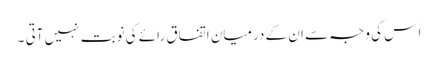
ا س کی وجہ سے ان کے درمیان اتفاق ِرائے کی نوبت نہیں آتی ۔